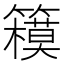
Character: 𰪞